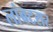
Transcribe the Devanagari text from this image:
लांबटसर